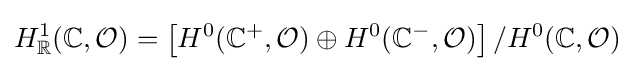
H_{\mathbb {R} }^{1}(\mathbb {C} ,{\mathcal {O}})=\left[H^{0}(\mathbb {C} ^{+},{\mathcal {O}})\oplus H^{0}(\mathbb {C} ^{-},{\mathcal {O}})\right]/H^{0}(\mathbb {C} ,{\mathcal {O}})